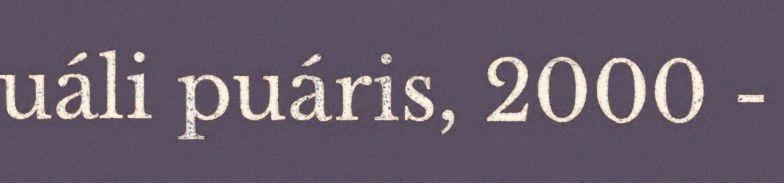
uáli puáris, 2000 -